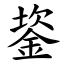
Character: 䤰